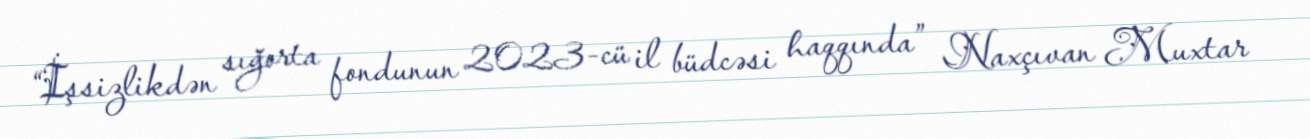
“İşsizlikdən sığorta fondunun 2023-cü il büdcəsi haqqında” Naxçıvan Muxtar